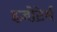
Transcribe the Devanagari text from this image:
इज़ोटेर्म